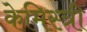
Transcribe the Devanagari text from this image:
केमिस्त्री